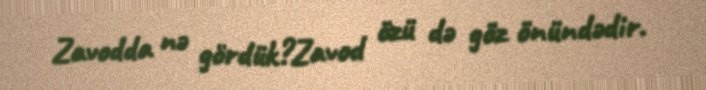
Zavodda nə gördük?Zavod özü də göz önündədir.